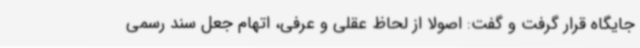
جایگاه قرار گرفت و گفت: اصولا از لحاظ عقلی و عرفی، اتهام جعل سند رسمی